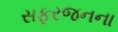
સફરજનના